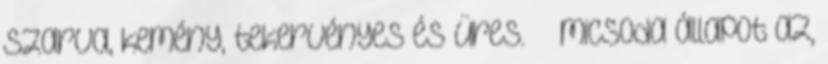
szarva, kemény, tekervényes és üres.” „ micsoda állapot az,